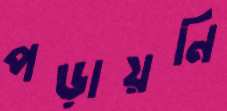
পড়ায়নি